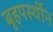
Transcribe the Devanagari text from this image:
बृहपर्स्थीन